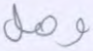
وهل